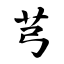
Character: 芎